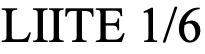
LIITE 1/6